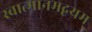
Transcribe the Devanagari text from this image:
स्वात्मानमद्वयम्